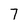
Character: 7